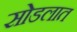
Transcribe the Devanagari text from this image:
सोडलात